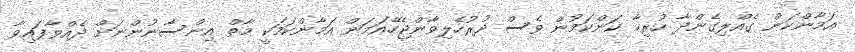
އަމާންކަން ގެއްލިގެންދާ ހުރިހާ ކަންކަމުން ވެސް ދުރުހެލިވާންޖެހޭއަމަން އަމާންކަމަކީ މާތް އިންސާނުންނަށް ދެއްވާފައިވާ